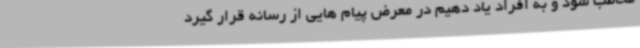
مخاطب شود و به افراد یاد دهیم در معرض پیام هایی از رسانه قرار گیرد